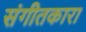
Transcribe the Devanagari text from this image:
संगीतकारा